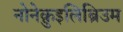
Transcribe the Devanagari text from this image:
नोनेक़ुइलिब्रिउम